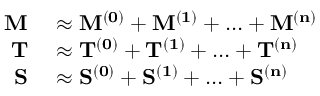
\begin{array} { r l } { \mathbf { M } } & { { } \approx \mathbf { M ^ { ( 0 ) } } + \mathbf { M ^ { ( 1 ) } } + \ldots + \mathbf { M ^ { ( n ) } } } \\ { \mathbf { T } } & { { } \approx \mathbf { T ^ { ( 0 ) } } + \mathbf { T ^ { ( 1 ) } } + \ldots + \mathbf { T ^ { ( n ) } } } \\ { \mathbf { S } } & { { } \approx \mathbf { S ^ { ( 0 ) } } + \mathbf { S ^ { ( 1 ) } } + \ldots + \mathbf { S ^ { ( n ) } } } \end{array}